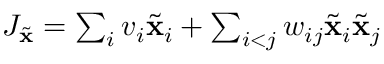
\begin{array} { r } { J _ { \tilde { \mathbf { x } } } = \sum _ { i } v _ { i } \tilde { \mathbf { x } } _ { i } + \sum _ { i < j } w _ { i j } \tilde { \mathbf { x } } _ { i } \tilde { \mathbf { x } } _ { j } } \end{array}